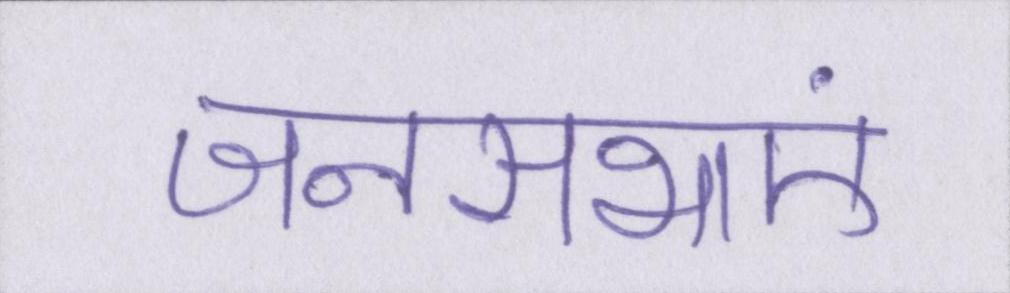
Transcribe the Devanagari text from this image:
जनसभाएं